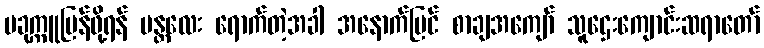
ပခုက္ကူပြန်ဖို့ရန် မန္တလေး ရောက်တဲ့အခါ အနောက်ပြင် စာချအကျော် သူဌေးကျောင်းဆရာတော်